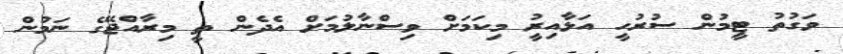
ވަގުތު ޓީމުން ސުރުހީީ އަޅާއިރުީ މިކަމަށް ވިސްނާލުމަށް އެދެން ތީ މިރާއްޖޭގެ ނަމުން